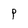
Character: P